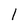
Character: 1